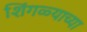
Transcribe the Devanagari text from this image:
शिंगळ्याच्या